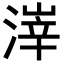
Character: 𪶱